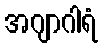
အဂျာဂါရံ